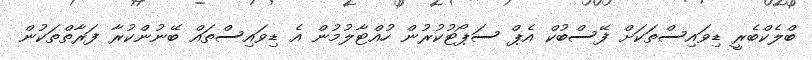
ބްލެކްބެރީ ޑިވައިސްތަކަށް ފޭސްބުކް އެޕް ސަޕޯޓުކުރުން ހުއްޓާލުމުން އެ ޑިވައިސްތައް ބޭނުންކުރާ ފަރާތްތަކުން